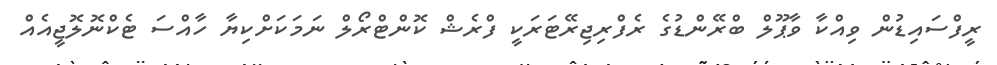
ރީފްސައިޑުން ވިއްކާ ވާޕޫލް ބްރޭންޑުގެ ރެފްރިޖިރޭޓަރަކީ ފްރެޝް ކޮންޓްރޯލް ނަމަކަށްކިޔާ ހާއްސަ ޓެކްނޮލޮޖީއެއް